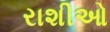
રાશીઓ